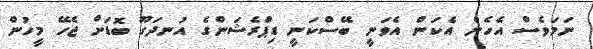
ނަމަވެސް އެހެން އެކަން އެވަނީ ބޭސްކަނީ ޑިޕްރެޝަންގެ އުނދަގޫ ބޮޑަށް ޖެހޭ މީހުން